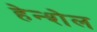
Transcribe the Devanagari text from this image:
हेन्शेल